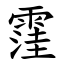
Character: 䨟